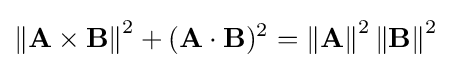
\left\|\mathbf {A\times B} \right\|^{2}+(\mathbf {A} \cdot \mathbf {B} )^{2}=\left\|\mathbf {A} \right\|^{2}\left\|\mathbf {B} \right\|^{2}